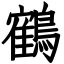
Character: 鶴